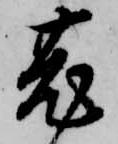
菟